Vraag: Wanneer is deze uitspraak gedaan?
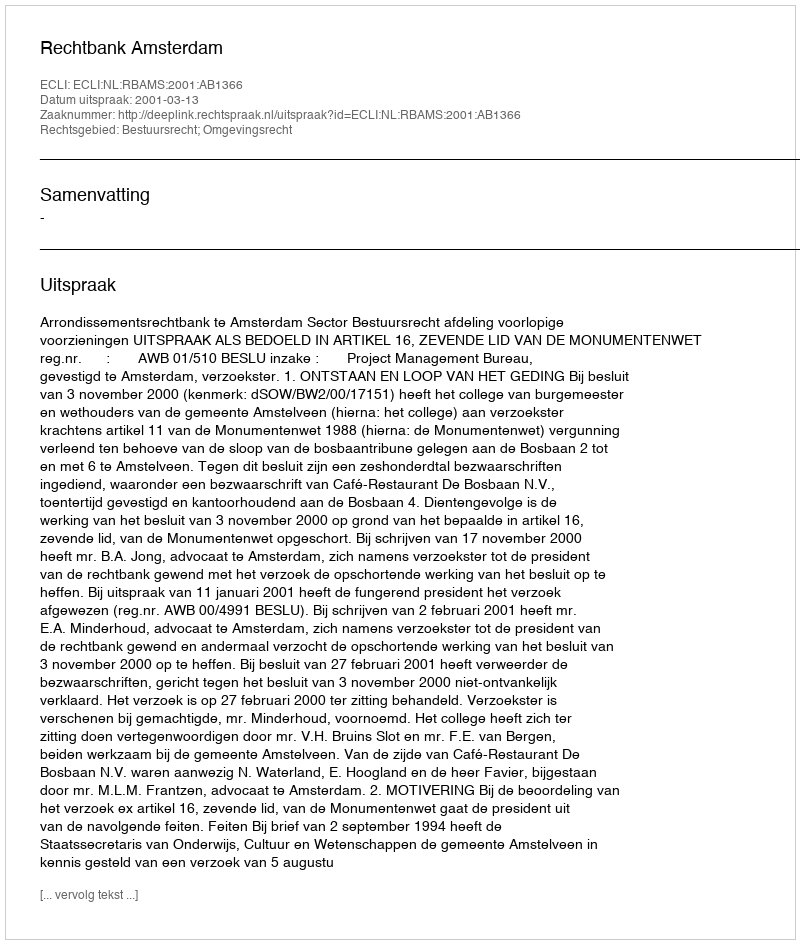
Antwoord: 2001-03-13